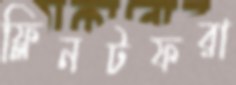
ফ্লিনটফরা